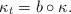
LaTeX: \begin{align*}\kappa_t=b\circ \kappa.\end{align*}